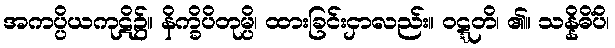
အကပ္ပိယကုဋိ၌။ နိက္ခိပိတုမ္ပိ၊ ထားခြင်းငှာလည်း။ ဝဋ္ဋတိ၊ ၏။ သန္နိဓိံပိ၊